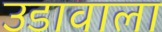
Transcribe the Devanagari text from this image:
उडावाला